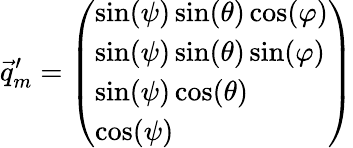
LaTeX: \vec{q}_{m}^{\prime}=\left(\begin{array}{l}{\sin(\psi)\sin(\theta)\cos(\varphi)}\\ {\sin(\psi)\sin(\theta)\sin(\varphi)}\\ {\sin(\psi)\cos(\theta)}\\ {\cos(\psi)}\end{array}\right)